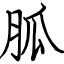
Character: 胍